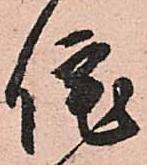
佗